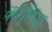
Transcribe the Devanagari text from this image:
करेलिया